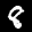
Label: 8